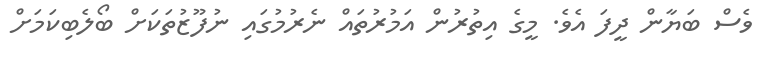
ވެސް ބަޔާން ދީފަ އެވެ. މީގެ އިތުރުން އަމުރުތައް ނެރުމުގައި ނުފޫޒުތަކަށް ބޯލެބިކަމަށް